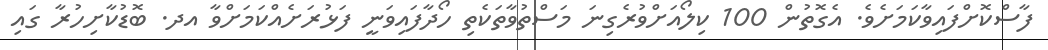
ފާސްކޮށްފައިވާކަމަށެވެ. އެގޮތުން 100 ކިލޯއަށްވުރެގިނަ މަސްތުވާތަކެތި ހޯދާފައިވަނީ ފަޅުރަށެއްކަމަށްވާ އދ. ބޮޑުކާށިހުރާ ގައި